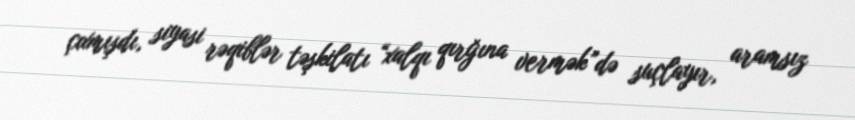
çıxmışdı, siyasi rəqiblər təşkilatı “xalqı qırğına vermək”də suçlayır, aramsız